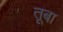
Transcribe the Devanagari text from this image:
तूबा